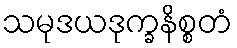
သမုဒယဒုက္ခနိစ္စတံ